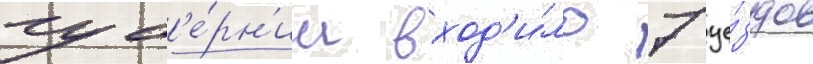
губ'е́рн'ии вход'и́ло 7 уе́здов